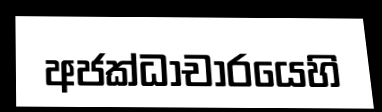
අජක්ධාචාරයෙහි